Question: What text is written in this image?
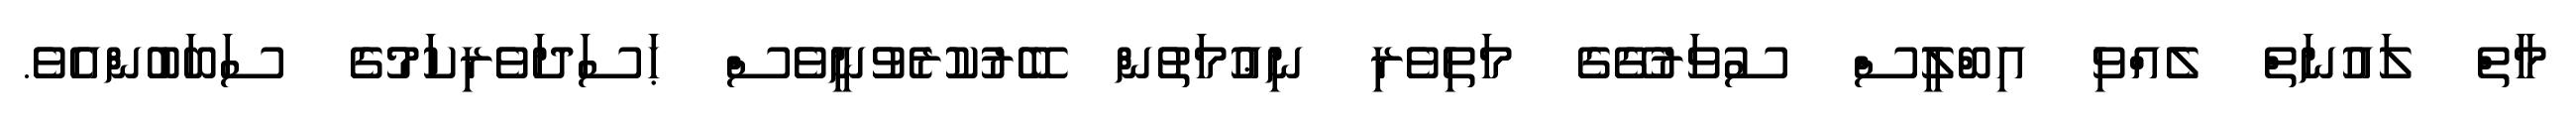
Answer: މާތް ލައުނަތް ލެއްވި އިބްލީސް ސުވަރުގޭގެ މަތިވެރި ނިޢުމަތުން ބޭރުކުރެވުނީވެސް ޙަސަދަވެރިކަމުގެ ސަބަބުންއެވެ.